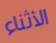
الأثناء